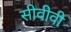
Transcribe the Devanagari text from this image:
सीवीवी